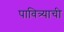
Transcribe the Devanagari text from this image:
पावित्र्याची